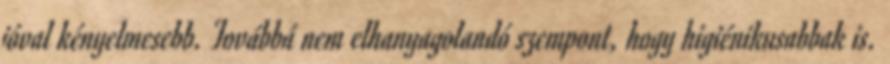
jóval kényelmesebb. Továbbá nem elhanyagolandó szempont, hogy higiénikusabbak is.